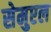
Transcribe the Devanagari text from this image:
सेमुएल